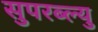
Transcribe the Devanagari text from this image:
सुपरब्ल्यु